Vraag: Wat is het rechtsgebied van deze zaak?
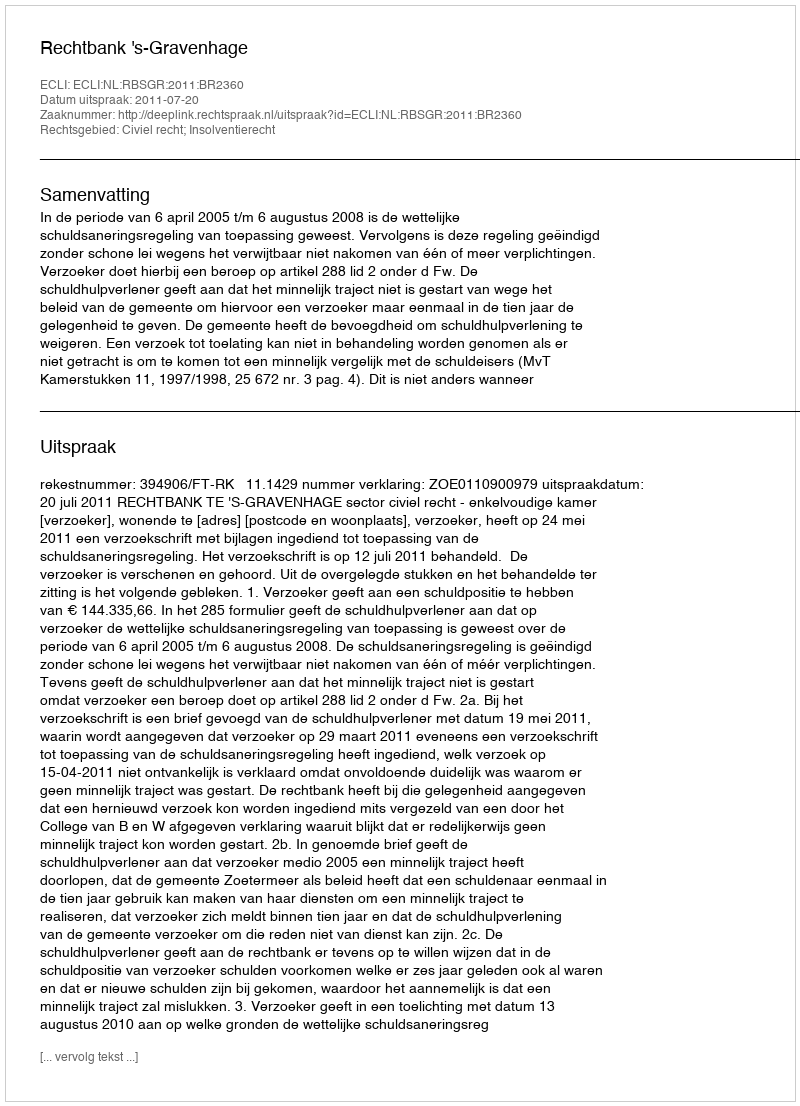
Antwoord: Civiel recht; Insolventierecht